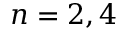
n = 2 , 4